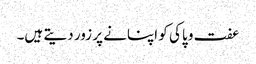
عفت و پاکی کو اپنانے پر زور دیتے ہیں۔